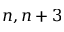
n , n + 3